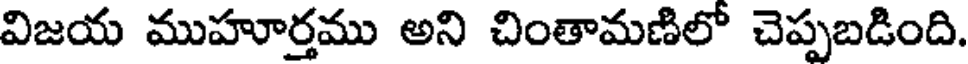
విజయ ముహూర్తము అని చింతామణిలో చెప్పబడింది.